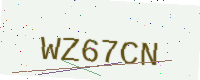
Text: WZ67CN